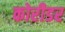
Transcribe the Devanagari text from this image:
कोरीडर